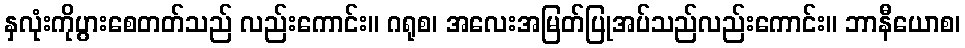
နှလုံးကိုပွားစေတတ်သည် လည်းကောင်း။ ဂရုစ၊ အလေးအမြတ်ပြုအပ်သည်လည်းကောင်း။ ဘာနီယောစ၊